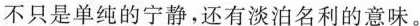
不只是单纯的宁静，还有淡泊名利的意味。